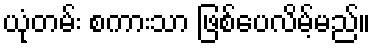
ယုံတမ်း စကားသာ ဖြစ်ပေလိမ့်မည်။